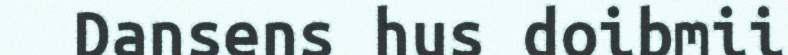
Dansens hus doibmii